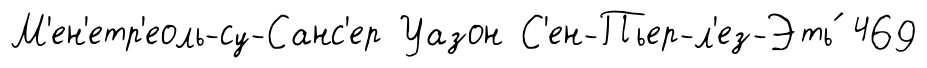
М'ен'етр'еоль-су-Санс'ер Уазон С'ен-Пьер-л'ез-Эть́ 469